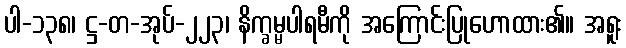
ပါ-၁၃၈၊ ဋ္ဌ-တ-အုပ်-၂၂၃၊ နိက္ခမ္မပါရမီကို အကြောင်းပြုဟောထား၏။ အရူး